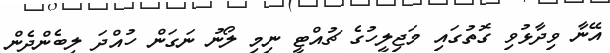
އޭނާ ވިދާޅުވި ގޮތުގައި މަޖިލީހުގެ ޗުއްޓީ ނިމި ލޯނު ނަގަން ހުއްދަ ލިބެންދެން